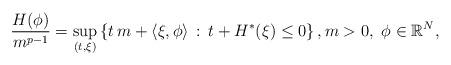
LaTeX: \begin{align*}\frac{H(\phi)}{m^{p-1}}=\sup_{(t,\xi)} \left\{t\,m+\langle\xi,\phi\rangle\, :\, t+H^*(\xi)\le 0\right\},m>0,\ \phi\in\mathbb{R}^N,\end{align*}